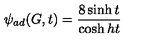
\psi _ { a d } ( G , t ) = \frac { 8 \sinh t } { \cosh h t }